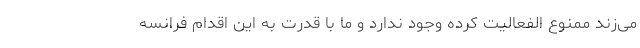
می‌زند ممنوع الفعالیت کرده وجود ندارد و ما با قدرت به این اقدام فرانسه